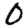
Digit: 0